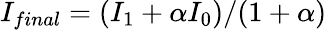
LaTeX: I_{final}=(I_{1}+\alpha I_{0})/(1+\alpha)